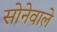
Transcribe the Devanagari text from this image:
सोनेवाले